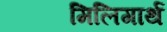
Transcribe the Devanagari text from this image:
मिलिगार्थ